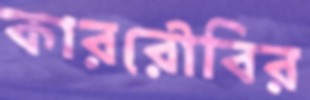
কাররৌবির